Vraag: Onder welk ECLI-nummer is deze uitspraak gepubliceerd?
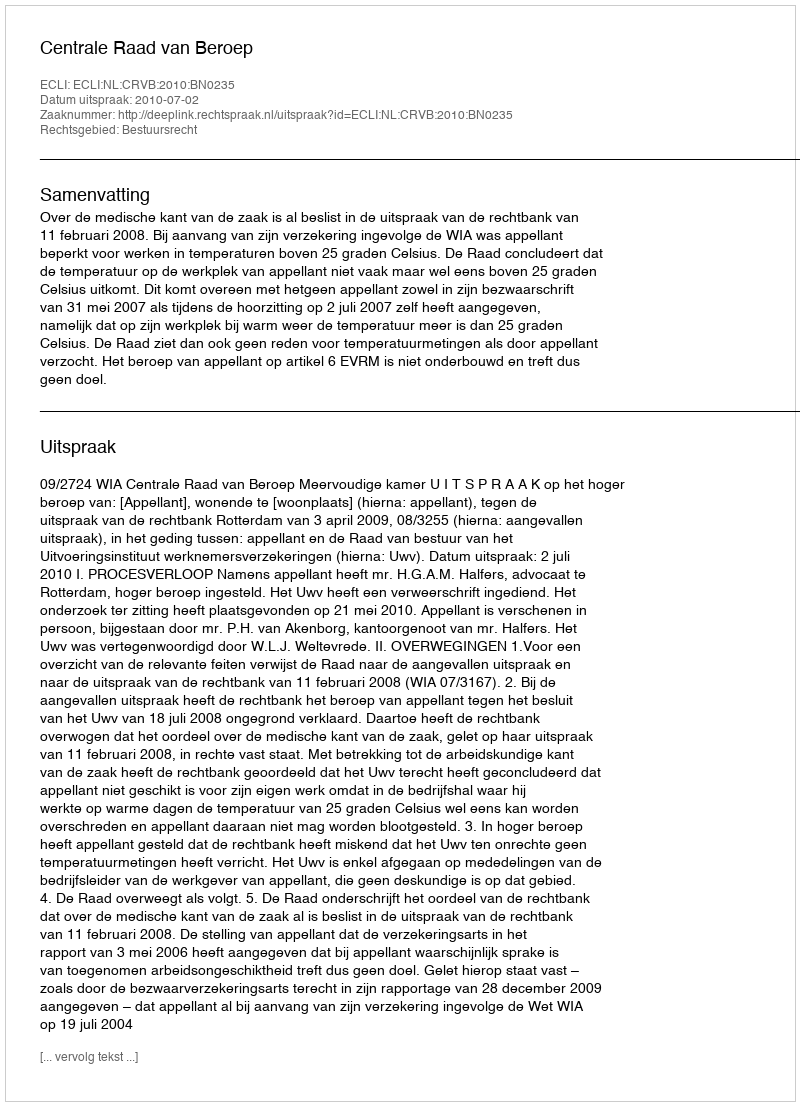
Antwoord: ECLI:NL:CRVB:2010:BN0235